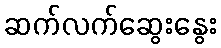
ဆက်လက်ဆွေးနွေး